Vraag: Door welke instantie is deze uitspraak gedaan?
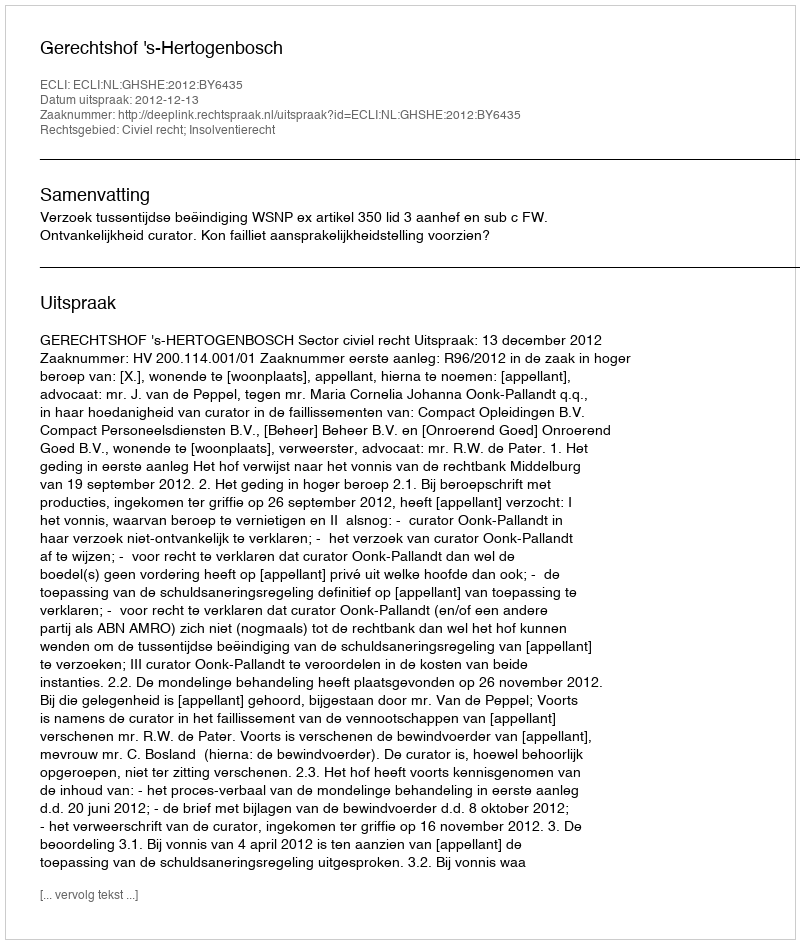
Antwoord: Gerechtshof 's-Hertogenbosch